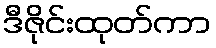
ဒီဇိုင်းထုတ်ကာ